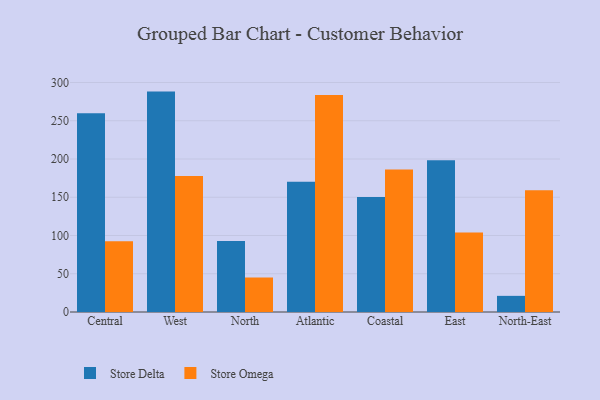
{"axis": {"x": "Region", "y": "Population (Million)"}, "legend": ["Store Delta", "Store Omega"], "data": [{"x": "Central", "y": 259.8, "type": "Store Delta"}, {"x": "Central", "y": 92.4, "type": "Store Omega"}, {"x": "West", "y": 288.1, "type": "Store Delta"}, {"x": "West", "y": 177.7, "type": "Store Omega"}, {"x": "North", "y": 92.8, "type": "Store Delta"}, {"x": "North", "y": 45.1, "type": "Store Omega"}, {"x": "Atlantic", "y": 170.3, "type": "Store Delta"}, {"x": "Atlantic", "y": 283.7, "type": "Store Omega"}, {"x": "Coastal", "y": 150.2, "type": "Store Delta"}, {"x": "Coastal", "y": 186.4, "type": "Store Omega"}, {"x": "East", "y": 198.3, "type": "Store Delta"}, {"x": "East", "y": 104.0, "type": "Store Omega"}, {"x": "North-East", "y": 21.1, "type": "Store Delta"}, {"x": "North-East", "y": 159.1, "type": "Store Omega"}]}